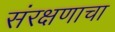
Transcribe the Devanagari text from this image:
संरक्षणाचा